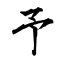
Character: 予